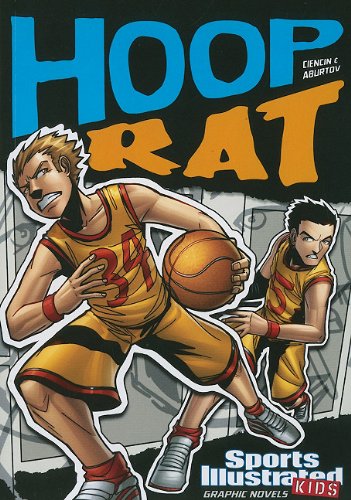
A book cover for Hoop Rat (Sports Illustrated Kids Graphic Novels); Scott Ciencin; Children's Books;